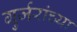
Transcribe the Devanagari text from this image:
गुर्जरांच्या